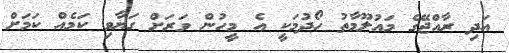
އަދި ރާއްޖޭގެ މައުލޫމާތު ހޯދުމަކީ އެ މީހުން ވަރަށް ގަޔާވި ކަމެއް ކަމަށް